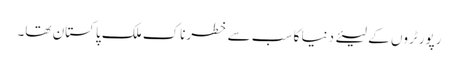
رپورٹروں کے لیئے دنیا کا سب سے خطرناک ملک پاکستان تھا۔